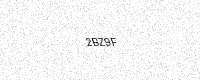
Text: 2BZ9F